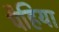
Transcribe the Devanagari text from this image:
पैहिया